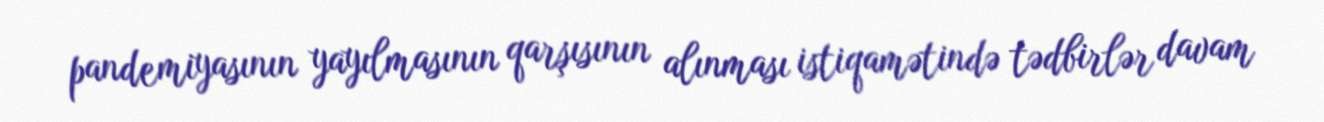
pandemiyasının yayılmasının qarşısının alınması istiqamətində tədbirlər davam